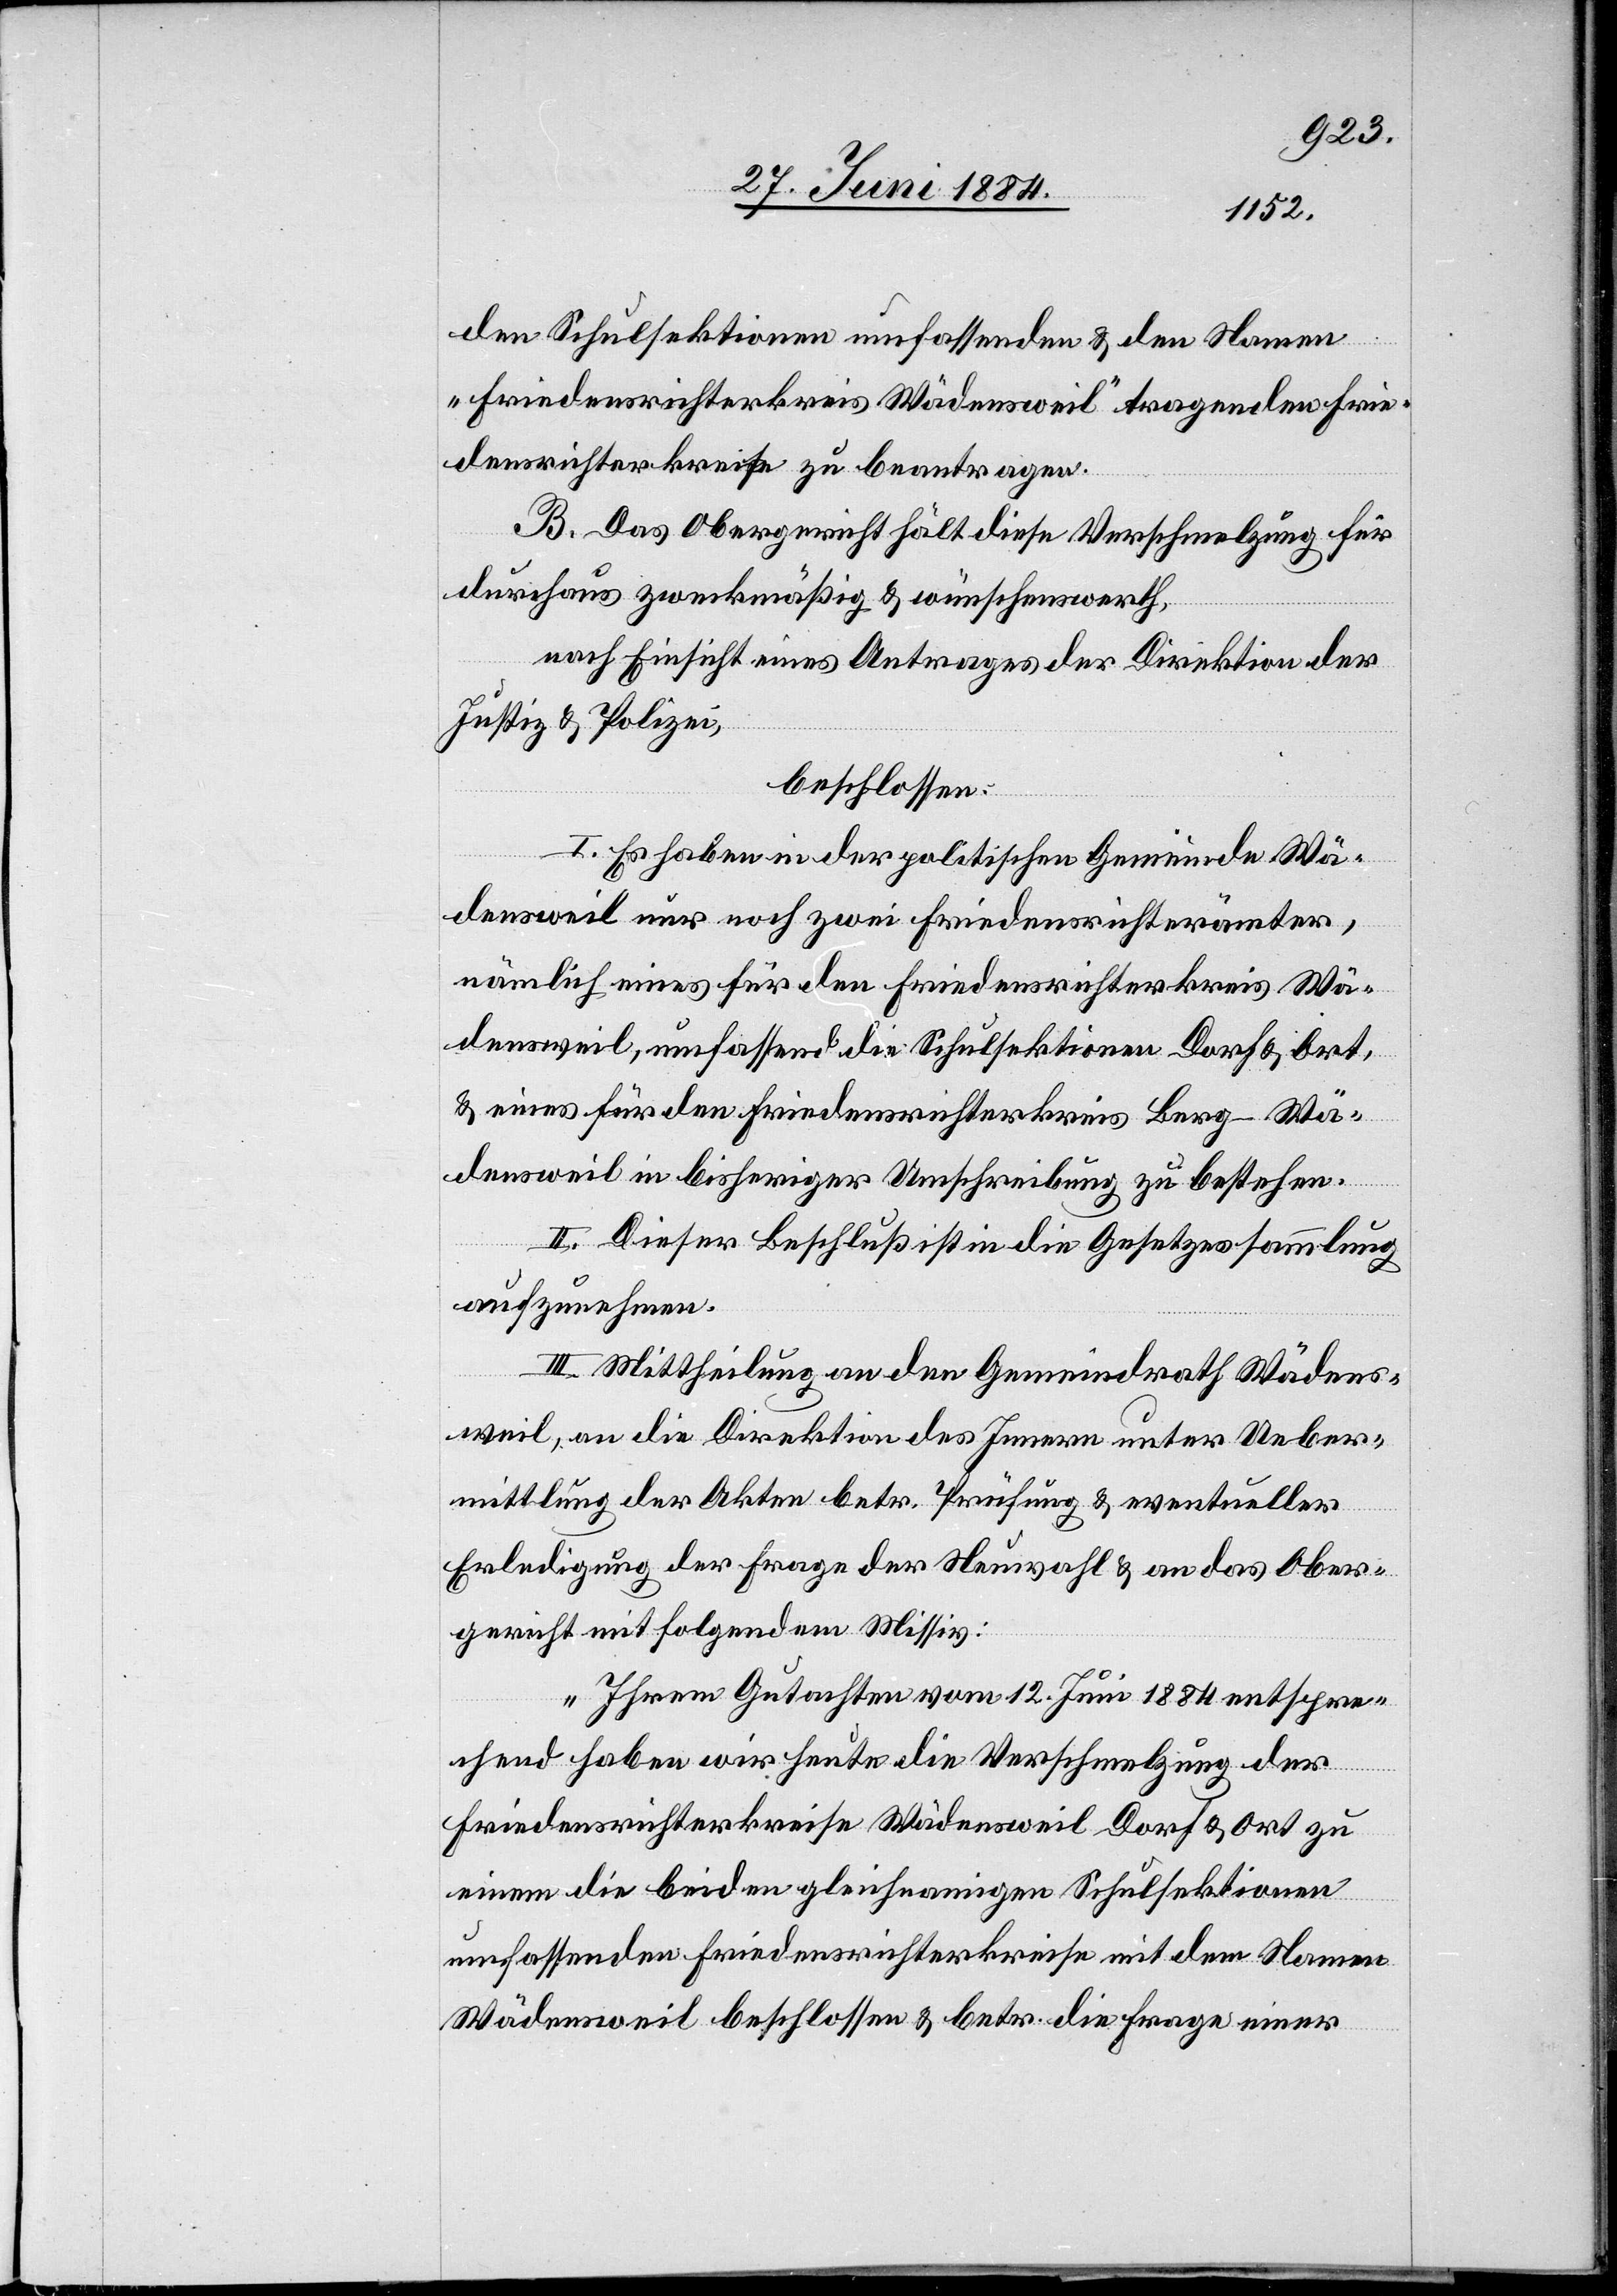
den Schulsektionen umfassenden & den Namen
„Friedensrichterkreis Wädensweil“ tragenden Frie¬
denrichterkreise zu beantragen.
B. Das Obergericht hält diese Verschmelzung für
durchaus zweckmäßig & wünschenswerth,
nach Einsicht eines Antrages der Direktion der
Justiz & Polizei,
beschlossen:
I. Es haben in der politischen Gemeinde Wä¬
densweil nur noch zwei Friedensrichterämter,
nämlich eines für den Friedensrichterkreis Wä¬
densweil, umfassend die Schulsektionen Dorf & Ort,
& eines für den Friedensrichterkreis Berg - Wä¬
densweil in bisheriger Umschreibung zu bestehen.
II. Dieser Beschluß ist in die Gesetzessammlung
aufzunehmen.
III. Mittheilung an den Gemeindrath Wädens¬
weil, an die Direktion des Innern unter Ueber¬
mittlung der Akten betr. Prüfung & eventueller
Erledigung der der Frage der Neuwahl & an das Ober¬
gericht mit folgendem Missiv:
„Ihrem Gutachten vom 12. Juni 1884 entspre¬
chend haben wir heute die Verschmelzung der
Friedensrichterkreise Wädensweil Dorf & Ort zu
einem die beiden gleichnamigen Schulsektionen
umfassenden Friedensrichterkreise mit dem Namen
Wädensweil beschlossen & betr. die Frage einer